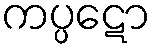
ကပ္ပဋော